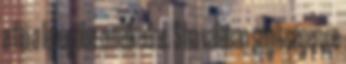
a fiú a levegőbe emelkedne. S ha valóban segítségemre